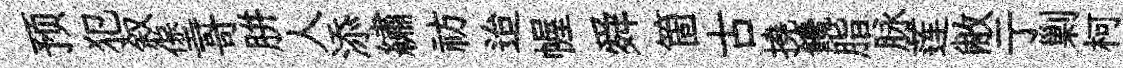
预犯叙堡哥胼人添繡祊迨幄舜箇古撓饞脂脉莲敝亍剿柯